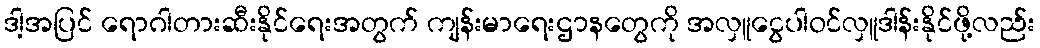
ဒါ့အပြင် ရောဂါတားဆီးနိုင်ရေးအတွက် ကျန်းမာရေးဌာနတွေကို အလှူငွေပါဝင်လှူဒါန်းနိုင်ဖို့လည်း